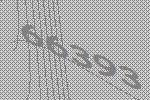
66393